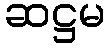
ဆဋ္ဌမ